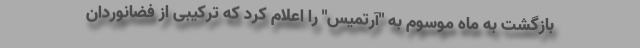
بازگشت به ماه موسوم به "آرتمیس" را اعلام کرد که ترکیبی از فضانوردان